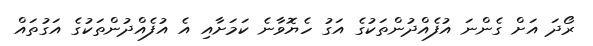
ރޯދަ އަށް ގެންނަ އުފެއްދުންތަކުގެ އަގު ހެޔޮވާނެ ކަމަށާއި އެ އުފެއްދުންތަކުގެ އަގުތައް